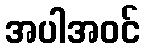
အပါအဝင်